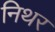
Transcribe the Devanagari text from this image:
निथर